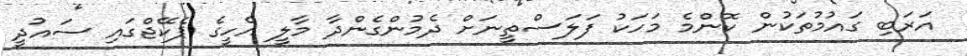
އަރަބި ގައުމުތަކުން ކޮންމެ މަހަކު ފަލަސްތީނަށް ދެމުންގެންދާ މާލީ އެހީގެ ޕެކޭޖްގައި ސައުދީ